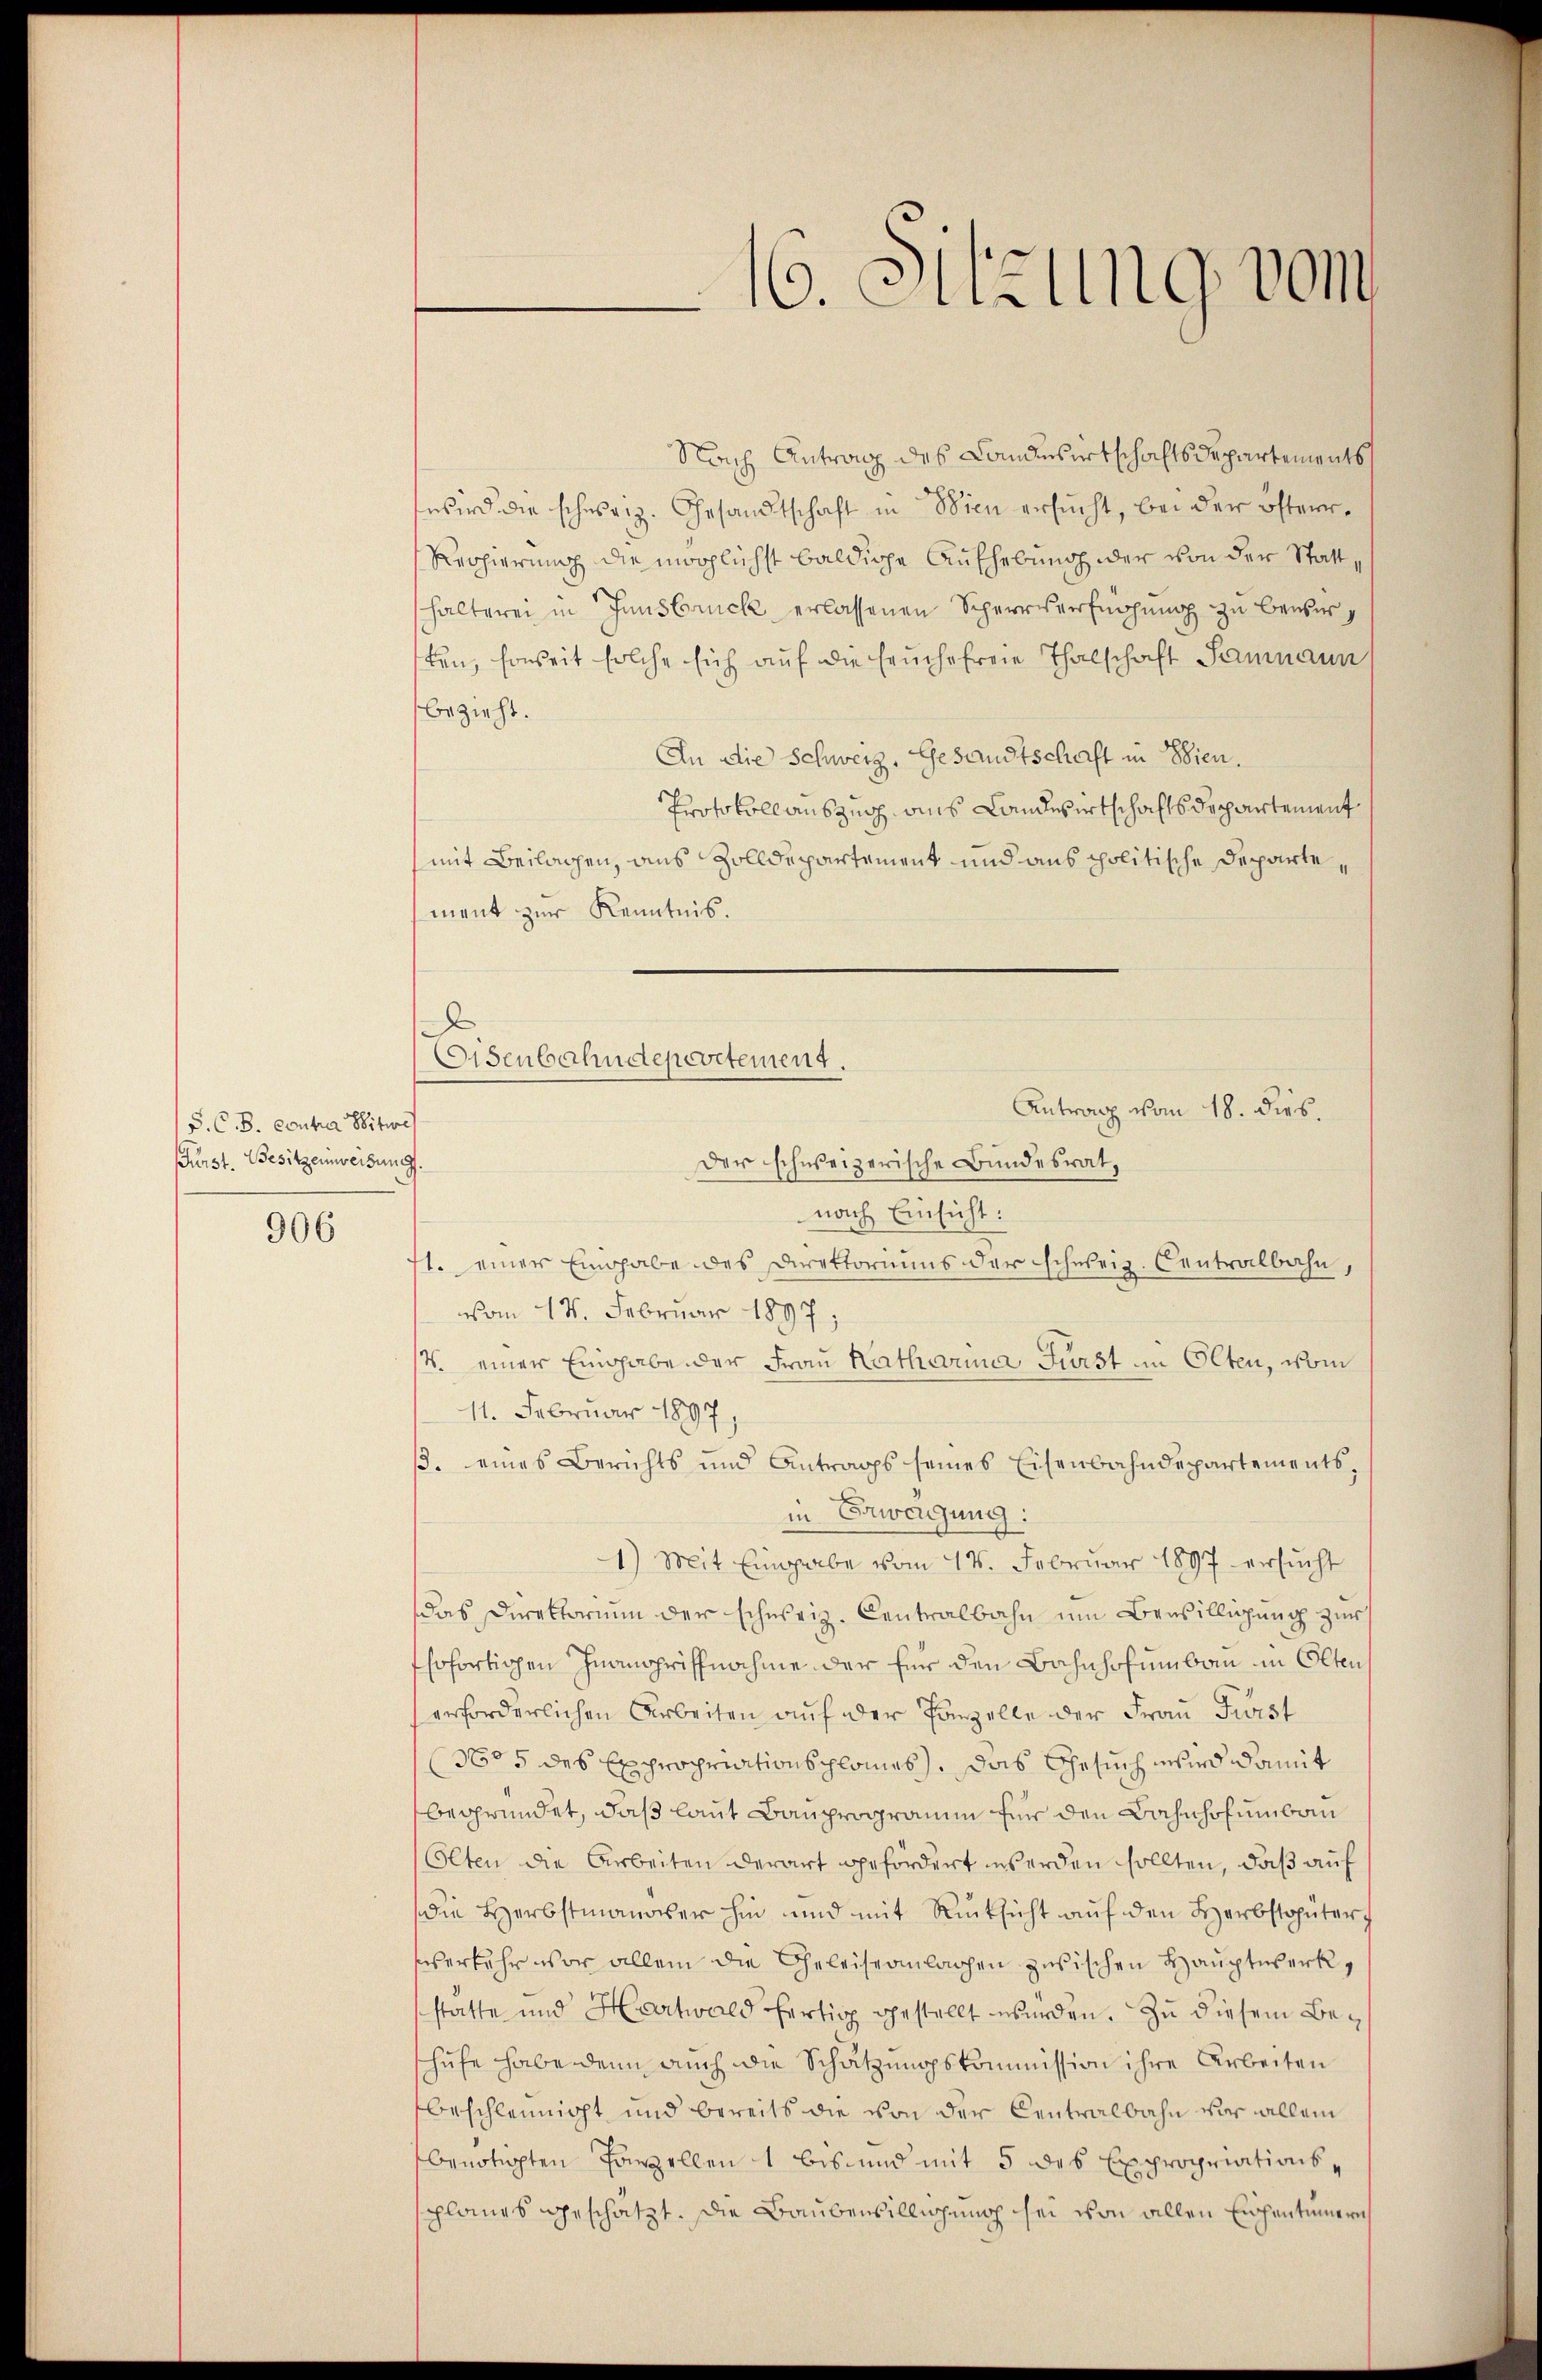
P. C. B. Contra Witwe
Fürst. Besitzenweisung.

906

Nach Antrag des Landwirtschaftsdepartements
wird die schweiz. Gesandtschaft in Wien ersucht, bei der österr¬
Reppierung die möglichst baldiche Aufhebung der von der Stattshalterei in Innsbruck erlassenen Scheerverfügung zu bewirten, soweit solche sich auf die feuchereie Thalschaft Saumann
bezieht.
An die Schweiz. Gesandtschaft in Wien.
Protokoll auszug aus Landwirtschaftsdepartement
(mit Beilachen, aus Zolldepartement und aus politische Departement zur Kenntnis.
Antrag vom 18. dies.
Der schweizerische Bundesrat,
nach Einsicht:
71. einer Eingabe des Direktoriums der schweiz. Centralbahn,
vom 14. Februar 1897;
V. einer Eingaben der Frau Katharina Fürst in Olten, vom
11. Februar 1897,
ß. eines Berichts und Antrags seines Eisenbahndepartementsin Erwegung:
1) Mit Eingabe vom 14. Februar 1897 ersucht
Das Direktorium der schweiz. Centralbahn um Bewilligung zur
fhofortigen Inanspriffnahme der für den Bahnhofumbau in Olten
erforderlichen Arbeiten auf der Panzelle der Fraŭ Fürst
No 5 des Expropriationsplanes, das Gesuch wird damit
begründet, daß laut Bauprogramm für den Bahnhofumbau
Olten die Arbeiten derart gefördert werden sollten, daß auf
die Herbstmanover hin und mit Rücksicht aŭf den Herbstgüter
verkehr vor allein die Geleiseanlachen zwischen Hauptwerk,
statte und Hartwald fertig gestellt wurden. Zu diesem Beschufe habe denn auch die Schätzungskommission ihre Arbeiten
beschleunigt und bereits die von der Centralbahn vor allem
benötigten Pompellen 1 bis und mit 5 des Expropriationssplanes geschätzt. Die Baubensilligung sei von allen Eigentümern

Eisenbahndepevitement.

16. Sitzung vom